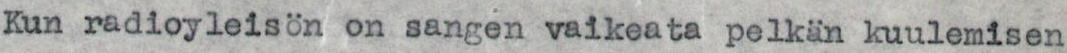
Kun radioyleisön on sangen vaikeata pelkän kuulemisen